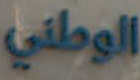
الوطني